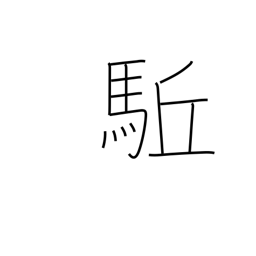
Meaning: advance